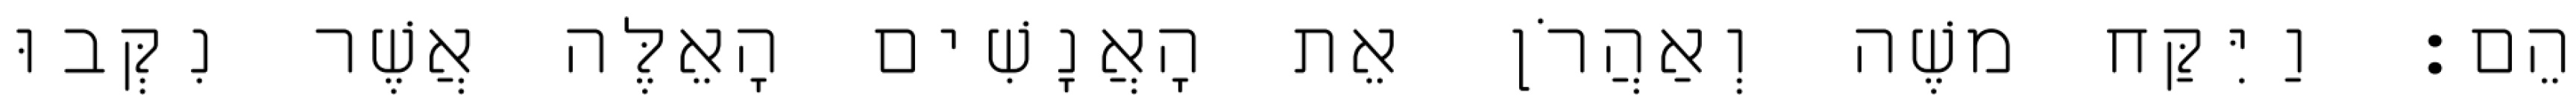
הֵם׃ וַיִּקַּח משֶׁה וְאַהֲרֹן אֵת הָאֲנָשִׁים הָאֵלֶּה אֲשֶׁר נִקְּבוּ